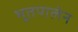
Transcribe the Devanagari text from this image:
भूतपालेन